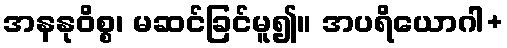
အနနုဝိစ္စ၊ မဆင်ခြင်မူ၍။ အပရိယောဂါ+